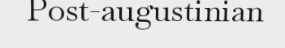
Post-augustinian